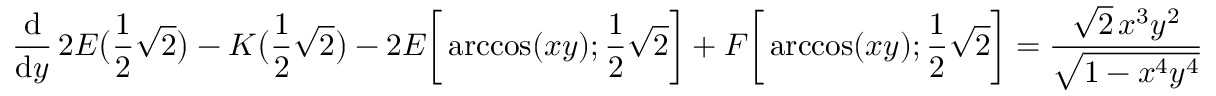
{ \frac { \mathrm { d } } { \mathrm { d } y } } \, 2 E { \bigl ( } { \frac { 1 } { 2 } } { \sqrt { 2 } } { \bigr ) } - K { \bigl ( } { \frac { 1 } { 2 } } { \sqrt { 2 } } { \bigr ) } - 2 E { \biggl [ } \operatorname { a r c c o s } ( x y ) ; { \frac { 1 } { 2 } } { \sqrt { 2 } } { \biggr ] } + F { \biggl [ } \operatorname { a r c c o s } ( x y ) ; { \frac { 1 } { 2 } } { \sqrt { 2 } } { \biggr ] } = { \frac { { \sqrt { 2 } } \, x ^ { 3 } y ^ { 2 } } { \sqrt { 1 - x ^ { 4 } y ^ { 4 } } } }